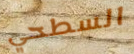
السطحي